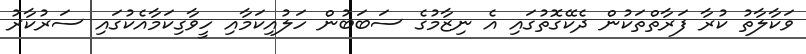
ވަކާލާތު ކުރާ ފަރާތްތަކުން ދެކޭގޮތުގައި އެ ނިޒާމުގެ ސަބަބުން ހަލުއިކަމާއި ހީވާގިކަމާއެކުގައި ސަރުކާރު